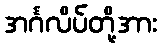
အင်္ဂလိပ်တို့အား